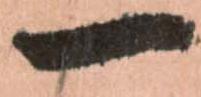
一